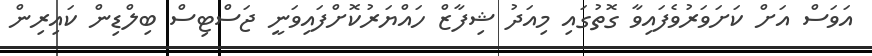
އަވަސް އަށް ކަށަވަރުވެފައިވާ ގޮތުގައި މިއަދު ޝިފާޒް ހައްޔަރުކޮށްފައިވަނީ ޖަސްޓިސް ބިލްޑިން ކައިރިން